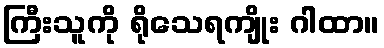
ကြီးသူကို ရိုသေရကျိုး ဂါထာ။